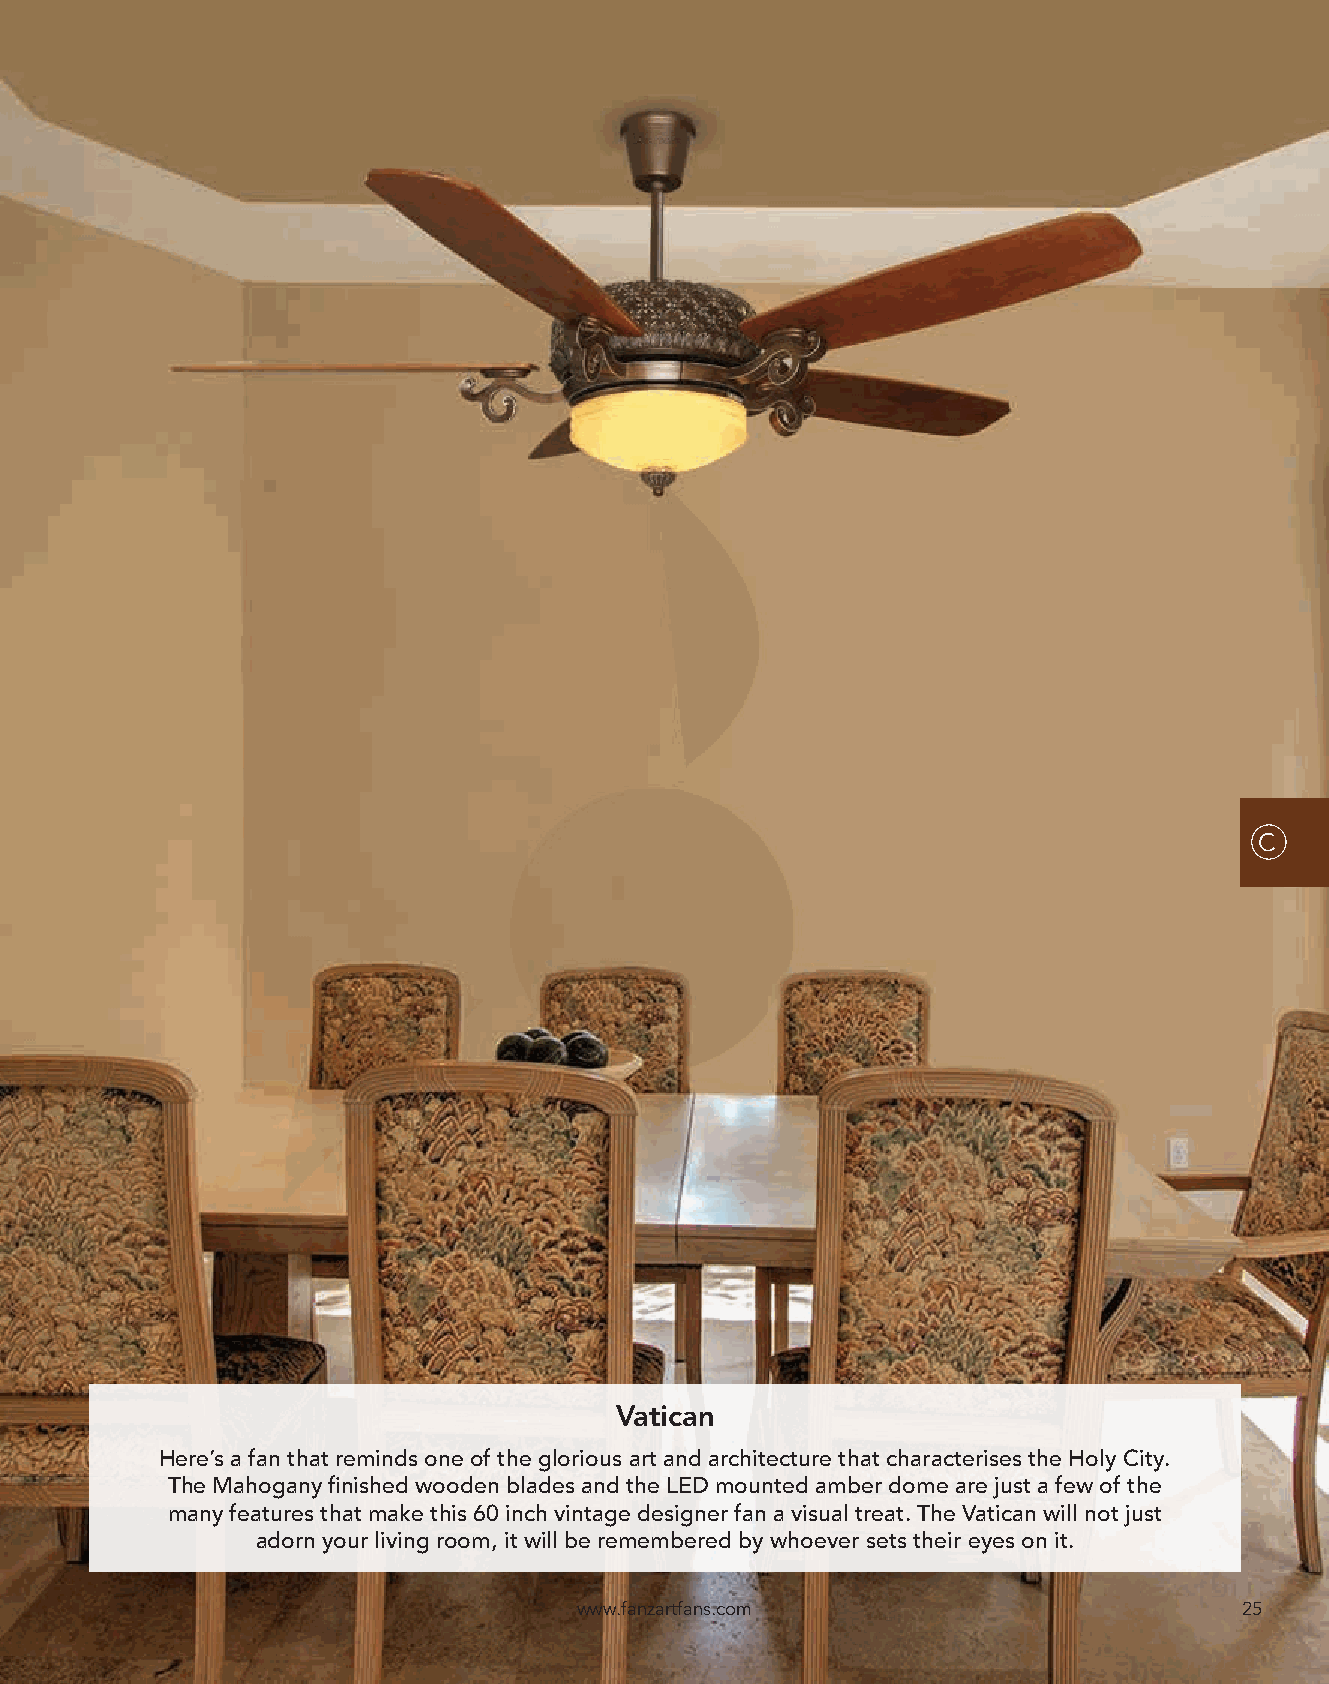
C
 Vatican
 Here’s a fan that reminds one of the glorious art and architecture that characterises the Holy City.
 The Mahogany finished wooden blades and the LED mounted amber dome are just a few of the
 many features that make this 60 inch vintage designer fan a visual treat. The Vatican will not just
 adorn your living room, it will be remembered by whoever sets their eyes on it.
 www.fanzartfans.com                         25